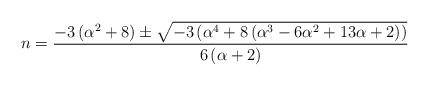
LaTeX: \begin{align*}n=\frac{-3\left(\alpha^{2}+8\right)\pm\sqrt{-3\left(\alpha^{4}+8\left(\alpha^{3}-6\alpha^{2}+13\alpha+2\right)\right)}}{6\left(\alpha+2\right)}\end{align*}